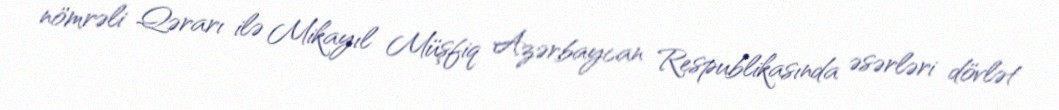
nömrəli Qərarı ilə Mikayıl Müşfiq Azərbaycan Respublikasında əsərləri dövlət